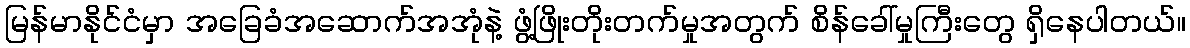
မြန်မာနိုင်ငံမှာ အခြေခံအဆောက်အအုံနဲ့ ဖွံ့ဖြိုးတိုးတက်မှုအတွက် စိန်ခေါ်မှုကြီးတွေ ရှိနေပါတယ်။